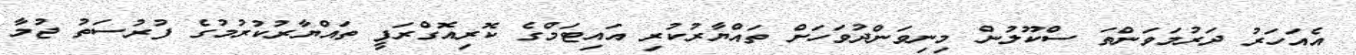
އެއަހަރު ދަރުމަވަންތަ ސްކޫލުން މިނިވަންދުވަހަށް ތައްޔާރުކުރި އައިޓަމްގެ ކޮރިއޮގްރަފީ ތައްޔާރުކުރުމުގެ ފުރުސަތު ޖުމާ